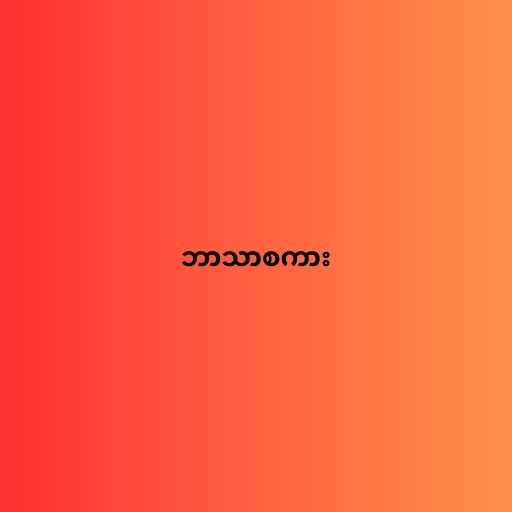
ဘာသာစကား